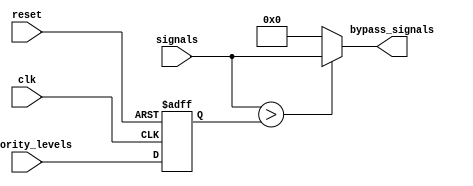
module priority_bypass_register (
    input wire clk,
    input wire reset,
    input wire [3:0] priority_levels,
    input wire [3:0] signals,
    output wire [3:0] bypass_signals
);

reg [3:0] priority_register;

always @ (posedge clk or posedge reset) begin
    if (reset) begin
        priority_register <= 4'b0; // Initializing priority register to 0
    end else begin
        priority_register <= priority_levels; // Updating priority register with new priority levels
    end
end

assign bypass_signals = (signals > priority_register) ? signals : 4'b0;

endmodule